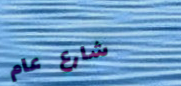
شارع عام